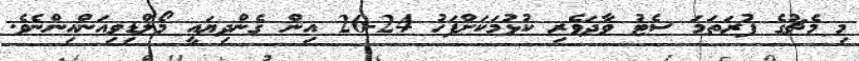
މި މެޗުގެ ފުރަތަމަ ސެޓު ވާދަވެރި ކުޅުމަކަށްފަހު 24-26 އިން ގެންދިޔައީ މޯލްޑިވިއަންއިންނެވެ.